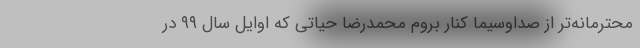
محترمانه‌تر از صداوسیما کنار بروم محمدرضا حیاتی که اوایل سال ۹۹ در